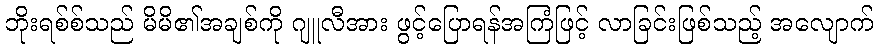
ဘိုးရစ်စ်သည် မိမိ၏အချစ်ကို ဂျူလီအား ဖွင့်ပြောရန်အကြံဖြင့် လာခြင်းဖြစ်သည့် အလျောက်